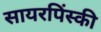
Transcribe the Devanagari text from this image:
सायरपिंस्की